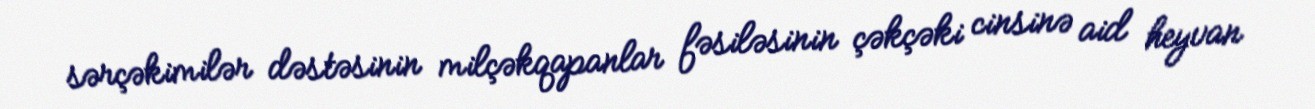
sərçəkimilər dəstəsinin milçəkqapanlar fəsiləsinin çəkçəki cinsinə aid heyvan